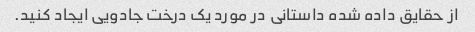
از حقایق داده شده داستانی در مورد یک درخت جادویی ایجاد کنید.